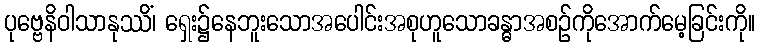
ပုဗ္ဗေနိဝါသာနုဿိံ၊ ရှေး၌နေဘူးသောအပေါင်းအစုဟူသောခန္ဓာအစဉ်ကိုအောက်မေ့ခြင်းကို။